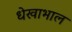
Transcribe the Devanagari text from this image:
धेखाभाल